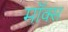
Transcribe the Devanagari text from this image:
मॉक्स